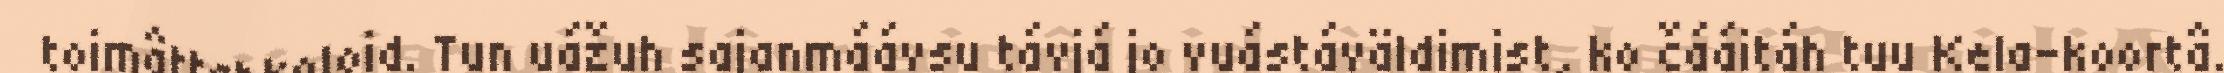
toimâttahkoloid. Tun uážuh sajanmáávsu távjá jo vuástáväldimist, ko čááitáh tuu Kela-koortâ.